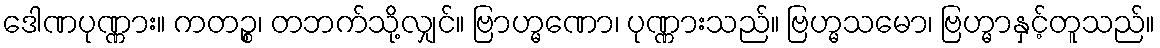
ဒေါဏပုဏ္ဏား။ ကတဉ္စ၊ တဘက်သို့လျှင်။ ဗြာဟ္မဏော၊ ပုဏ္ဏားသည်။ ဗြဟ္မသမော၊ ဗြဟ္မာနှင့်တူသည်။